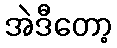
အဲဒီတော့